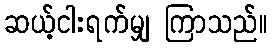
ဆယ့်ငါးရက်မျှ ကြာသည်။